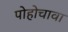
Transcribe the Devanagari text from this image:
पोहोचावा